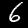
Digit: 6